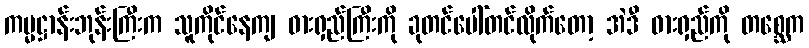
ကမ္မဋ္ဌာန်းဘုန်းကြီးက သူကိုင်နေကျ ဓားရှည်ကြီးကို ခုတင်ပေါ်တင်လိုက်တော့ အဲဒီ ဓားရှည်ကို တစ္ဆေက